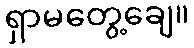
ရှာမတွေ့ချေ။